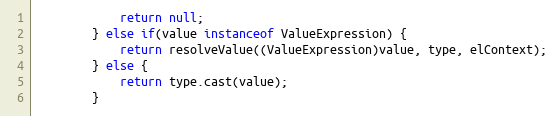
Language: Java
			return null;
		} else if(value instanceof ValueExpression) {
			return resolveValue((ValueExpression)value, type, elContext);
		} else {
			return type.cast(value);
		}